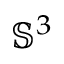
\mathbb { S } ^ { 3 }